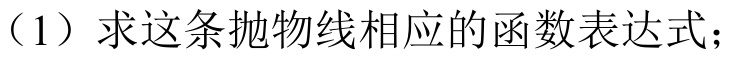
（1）求这条抛物线相应的函数表达式；